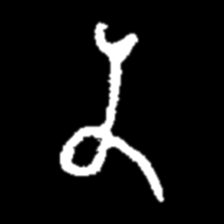
Pyu character \u2014 Myanmar letter: န (romanized: na)